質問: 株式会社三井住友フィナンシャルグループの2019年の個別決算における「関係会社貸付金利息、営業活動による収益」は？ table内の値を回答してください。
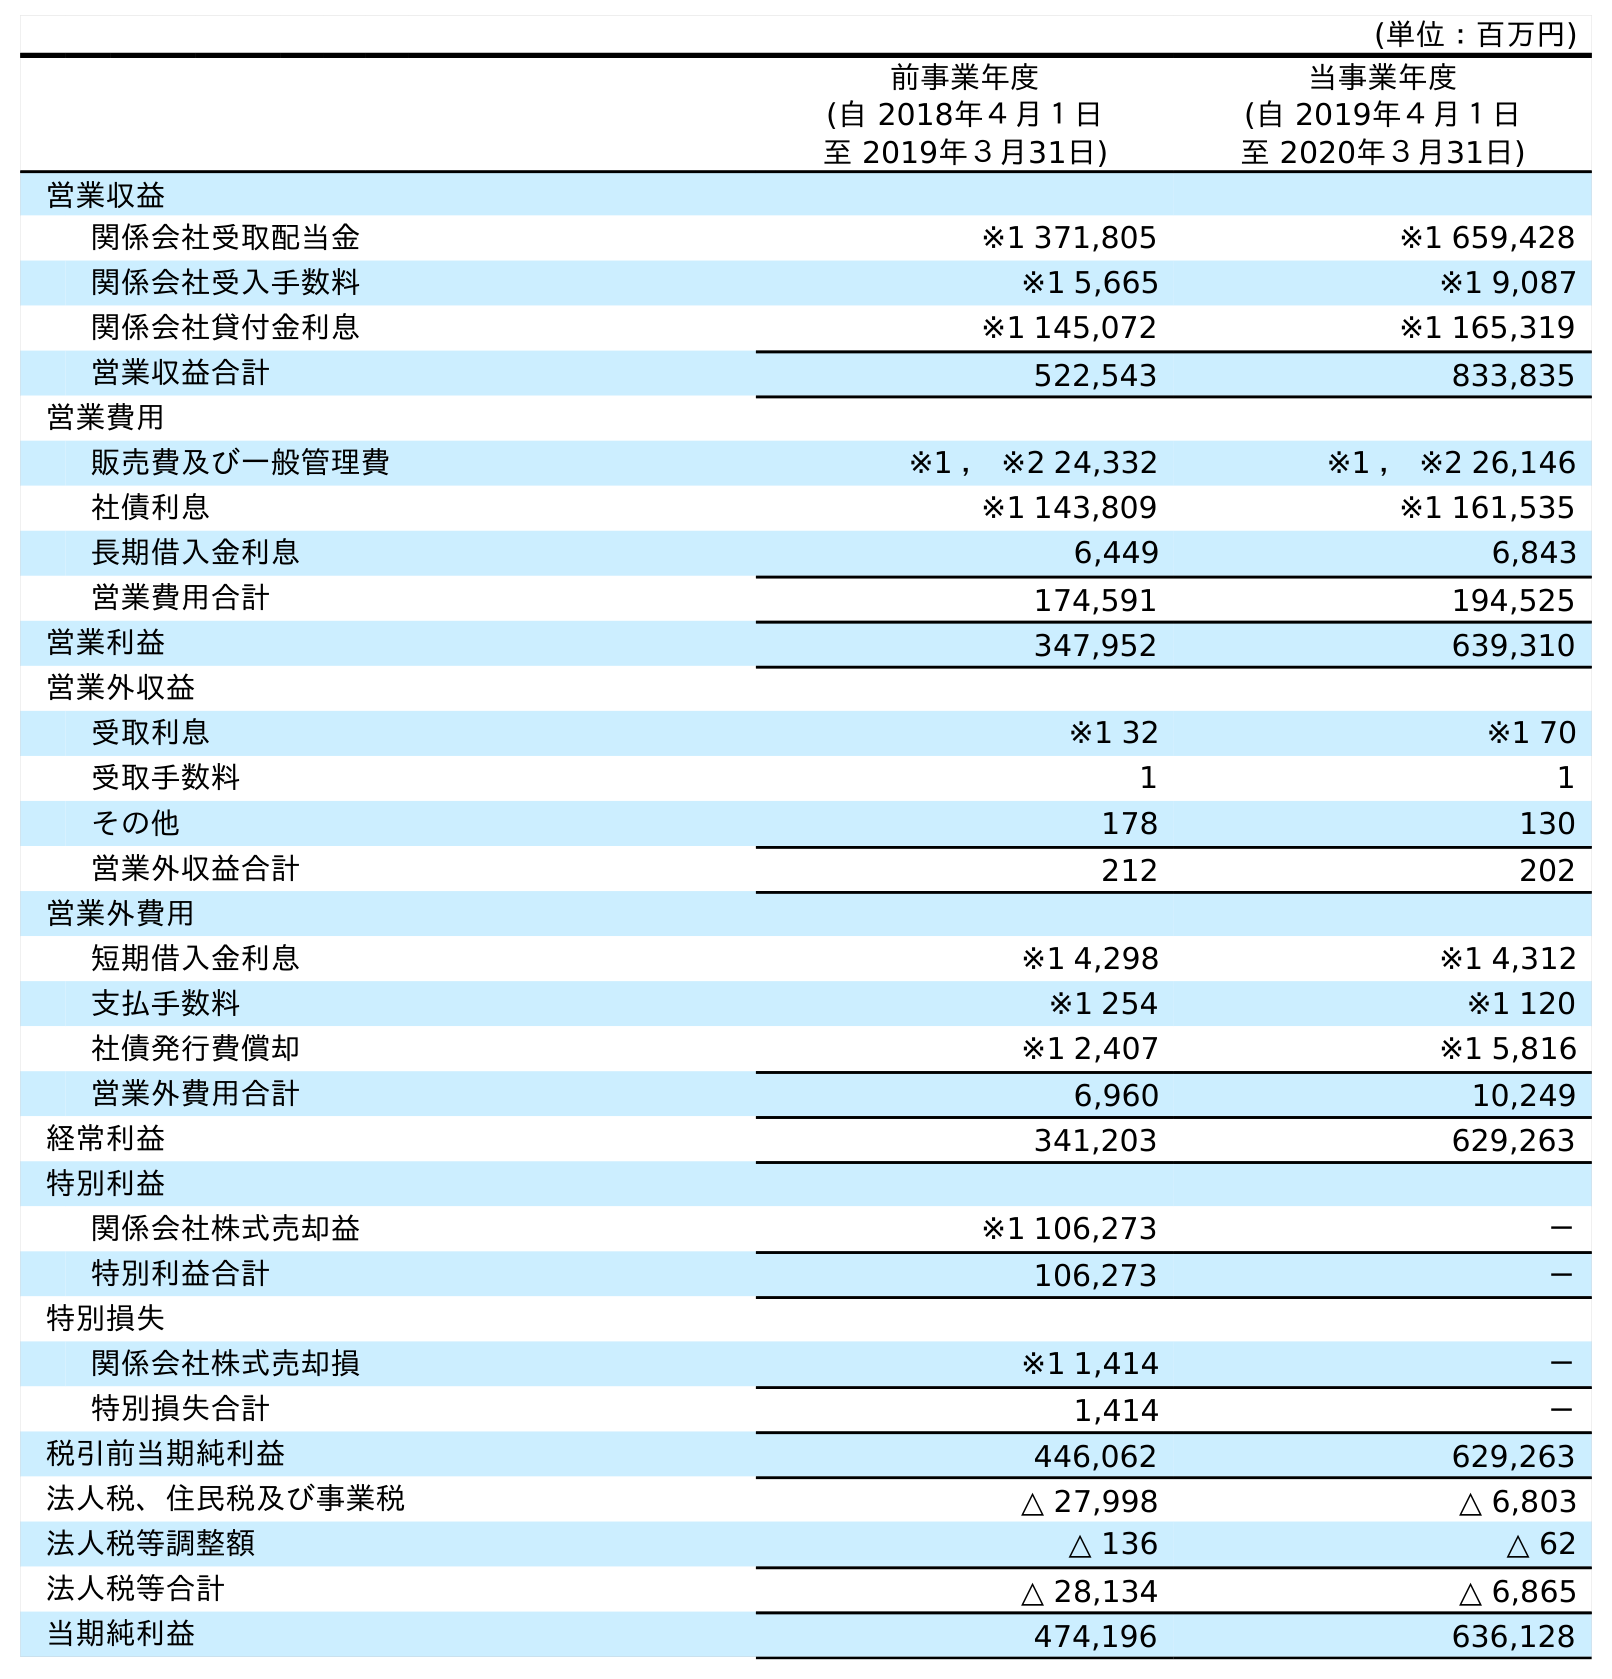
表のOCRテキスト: (単位：百万円) 前事業年度 (自 2018年４月１日 至 2019年３月31日) 当事業年度 (自 2019年４月１日 至 2020年３月31日) 営業収益 関係会社受取配当金 ※1 371,805 ※1 659,428 関係会社受入手数料 ※1 5,665 ※1 9,087 関係会社貸付金利息 ※1 145,072 ※1 165,319 営業収益合計 522,543 833,835 営業費用 販売費及び一般管理費 ※1 ， ※2 24,332 ※1 ， ※2 26,146 社債利息 ※1 143,809 ※1 161,535 長期借入金利息 6,449 6,843 営業費用合計 174,591 194,525 営業利益 347,952 639,310 営業外収益 受取利息 ※1 32 ※1 70 受取手数料 1 1 その他 178 130 営業外収益合計 212 202 営業外費用 短期借入金利息 ※1 4,298 ※1 4,312 支払手数料 ※1 254 ※1 120 社債発行費償却 ※1 2,407 ※1 5,816 営業外費用合計 6,960 10,249 経常利益 341,203 629,263 特別利益 関係会社株式売却益 ※1 106,273 － 特別利益合計 106,273 － 特別損失 関係会社株式売却損 ※1 1,414 － 特別損失合計 1,414 － 税引前当期純利益 446,062 629,263 法人税、住民税及び事業税 △ 27,998 △ 6,803 法人税等調整額 △ 136 △ 62 法人税等合計 △ 28,134 △ 6,865 当期純利益 474,196 636,128
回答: ※1145,072